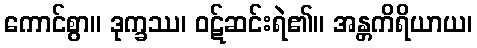
ကောင်စွာ။ ဒုက္ခဿ၊ ဝဋ်ဆင်းရဲ၏။ အန္တကိရိယာယ၊